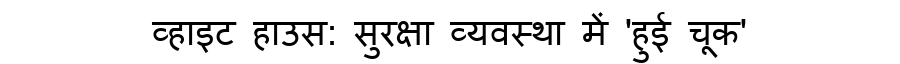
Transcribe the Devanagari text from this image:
व्हाइट हाउस: सुरक्षा व्यवस्था में 'हुई चूक'